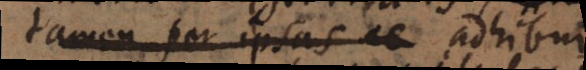
tamen per ipsas adhibui